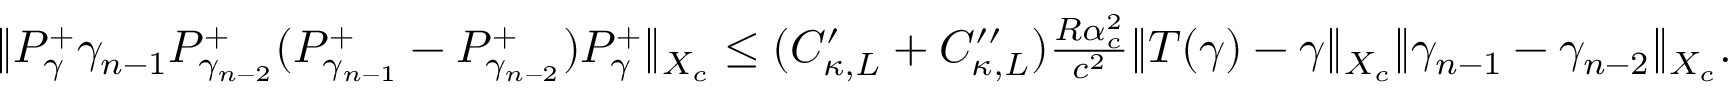
\begin{array} { r } { \| P _ { \gamma } ^ { + } \gamma _ { n - 1 } P _ { \gamma _ { n - 2 } } ^ { + } ( P _ { \gamma _ { n - 1 } } ^ { + } - P _ { \gamma _ { n - 2 } } ^ { + } ) P _ { \gamma } ^ { + } \| _ { X _ { c } } \leq ( C _ { \kappa , L } ^ { \prime } + C _ { \kappa , L } ^ { \prime \prime } ) \frac { R \alpha _ { c } ^ { 2 } } { c ^ { 2 } } \| T ( \gamma ) - \gamma \| _ { X _ { c } } \| \gamma _ { n - 1 } - \gamma _ { n - 2 } \| _ { X _ { c } } . } \end{array}